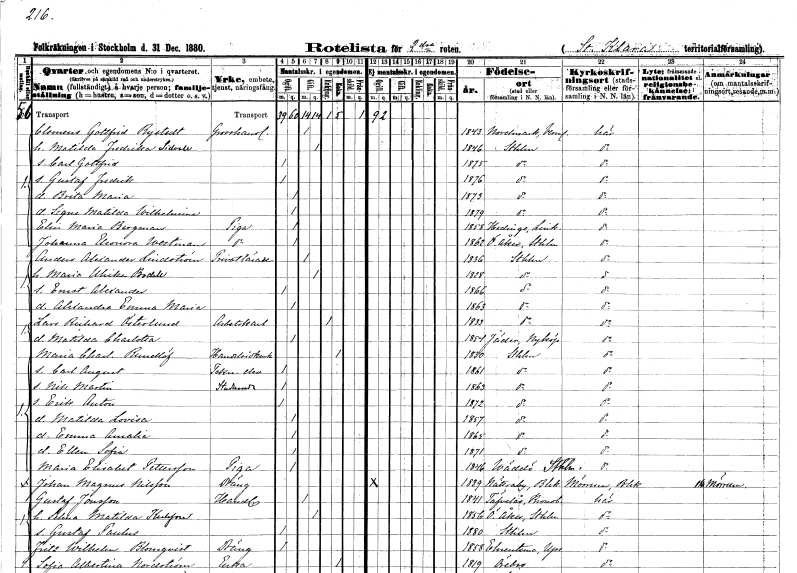
gt_parse: households: individuals: FN: Clemens Gottfrid
EN: Rystedt
YRKE: Grosshandlare
KON: M
CIV: G
FODAR: 1843
FODFORS: Nordmark Värmlands län
FN: Matilda Fredrika
EN: Lidvall
KON: K
CIV: G
FODAR: 1846
FODFORS: Stockholm
FN: Carl Gottfrid
KON: M
CIV: O
FODAR: 1875
FODFORS: Stockholm
FN: Gustaf Fredrik
KON: M
CIV: O
FODAR: 1876
FODFORS: Stockholm
FN: Brita Maria
KON: K
CIV: O
FODAR: 1873
FODFORS: Stockholm
FN: Signe Matilda Wilhelmina
KON: K
CIV: O
FODAR: 1879
FODFORS: Stockholm
FN: Elin Maria
EN: Bergman
YRKE: Piga
KON: K
CIV: O
FODAR: 1858
FODFORS: Norrköpings Hedvig Östergötlands län
FN: Johanna Eleonora
EN: Westman
YRKE: Piga
KON: K
CIV: O
FODAR: 1862
FODFORS: Österåker Stockholms län
FN: Anders Alexander
EN: Lindström
YRKE: Privatlärare
KON: M
CIV: G
FODAR: 1836
FODFORS: Stockholm
FN: Maria Ulrika
EN: Bodill
KON: K
CIV: G
FODAR: 1828
FODFORS: Stockholm
FN: Ernst Alexander
KON: M
CIV: O
FODAR: 1866
FODFORS: Stockholm
FN: Alexandra Emma Maria
KON: K
CIV: O
FODAR: 1863
FODFORS: Stockholm
FN: Lars Richard
EN: Österlund
YRKE: Arbetskarl
KON: M
CIV: E
FODAR: 1833
FODFORS: Stockholm
FN: Matilda Charlotta
KON: K
CIV: O
FODAR: 1854
FODFORS: Jäder Södermanlands län
FN: Maria Charlotta
EN: Rundlöf
YRKE: Handelsidkerska
KON: K
CIV: E
FODAR: 1830
FODFORS: Stockholm
FN: Carl August
YRKE: Teknologelev
KON: M
CIV: O
FODAR: 1861
FODFORS: Stockholm
FN: Nils Martin
YRKE: Studerande
KON: M
CIV: O
FODAR: 1863
FODFORS: Stockholm
FN: Erik Anton
KON: M
CIV: O
FODAR: 1872
FODFORS: Stockholm
FN: Matilda Lovisa
KON: K
CIV: O
FODAR: 1857
FODFORS: Stockholm
FN: Emma Amalia
KON: K
CIV: O
FODAR: 1865
FODFORS: Stockholm
FN: Ellen Sofia
KON: K
CIV: O
FODAR: 1871
FODFORS: Stockholm
FN: Maria Elisabet
EN: Pettersson
YRKE: Piga
KON: K
CIV: O
FODAR: 1846
FODFORS: Väddö Stockholms län
FN: Johan Magnus
EN: Nilsson
YRKE: Dräng
KON: M
CIV: O
FODAR: 1839
FODFORS: Nättraby Blekinge län
FN: Gustaf
EN: Jonsson
YRKE: Handlande
KON: M
CIV: G
FODAR: 1841
FODFORS: Tävelsås Kronobergs län
FN: Selma Matilda
EN: Karlsson
KON: K
CIV: G
FODAR: 1856
FODFORS: Österåker Stockholms län
FN: Gustaf Paulus
KON: M
CIV: O
FODAR: 1880
FODFORS: Stockholm
FN: Fritz Wilhelm
EN: Blomqvist
YRKE: Dräng
KON: M
CIV: O
FODAR: 1858
FODFORS: Ärentuna Uppsala län